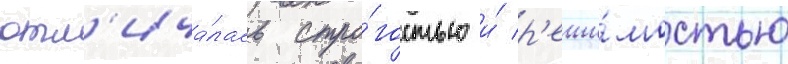
отл'ича́лась стро́гостью и́ р'еши́мостью